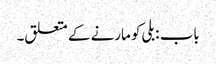
باب : بلی کو مارنے کے متعلق۔